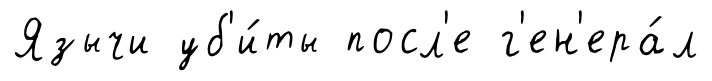
Язычи уб'и́ты посл'е г'ен'ера́л